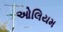
ઓલિયમ